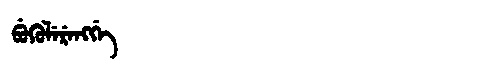
Manchu: ᠪᡠᡴᡠᠯᡝᡵᡝᠩᡤᡝ
Romanization: BUKULERENGGE